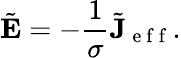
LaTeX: \tilde{\mathbf{E}}=-\frac{1}{\sigma}\tilde{\mathbf{J}}_{\mathrm{~e~f~f~}}.